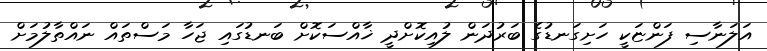
އަލަނާސި ފަންޏަކީ ހަށިގަނޑުގެ ބަރުދަން ލުއިކޮށްދީ ޚާއްސަކޮށް ބަނޑުގައި ޖަހާ މަސްތައް ނައްތާލުމަށް